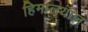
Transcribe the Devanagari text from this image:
हिमालयाज